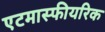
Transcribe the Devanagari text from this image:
एटमास्फीयरिक